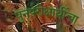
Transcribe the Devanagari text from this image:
पुनर्परीक्षार्थीचा